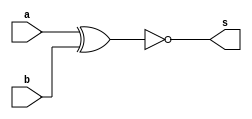
// ----------------------------------------------------------------------
// Exemplo 0008 - XNOR
// Dbora Deslandes de Almeida Batista
// ----------------------------------------------------------------------

// ----------------------------------------------------------------------
// -- Xnor gate
// ----------------------------------------------------------------------

module xnorgate (output s, input a,b);
	assign s = (~(a^b));
endmodule // xnorgate

// ----------------------------------------------------------------------
// -- Test XNOR gate
// ----------------------------------------------------------------------

module testxnorgate;
	
	reg a,b;
	wire s;
	
	xnorgate aguaFresca (s,a,b);
	
	initial begin : start
		a = 0;
		b = 0;
	end
	
	initial begin : main
		$display ("Exemplo 0009 - Debora Deslandes de Almeida Batista");
		$display ("Matricula : 451549");
		$display ("Test XNOR gate");
		$display ("(~(a^b)) = s");
		$monitor ("(~(%b^%b)) = %b", a,b,s);
			#1 a = 1; b = 0;
			#1 a = 0; b = 1;
			#1 a = 1; b = 1;
	end
endmodule